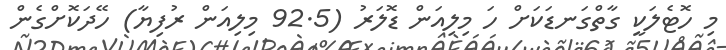
މި ހޮޓެލަކީ ގާތްގަނޑަކަށް ހަ މިލިއަން ޑޮލަރު (92.5 މިލިއަން ރުފިޔާ) ހޭދަކޮށްގެން